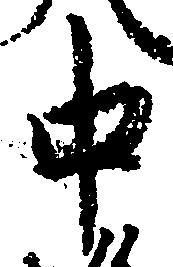
中